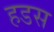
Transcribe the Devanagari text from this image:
हडस